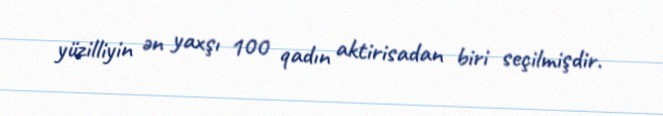
yüzilliyin ən yaxşı 100 qadın aktirisadan biri seçilmişdir.